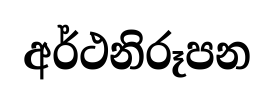
අර්ථනිරූපන